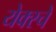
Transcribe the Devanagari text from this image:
येक्स्चे